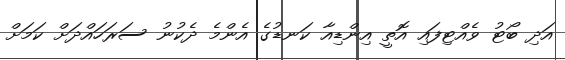
އަދި ބޯޓު ވެއްޓިފައި އޮތީ އިންޑިއާ ކަނޑުގެ އެންމެ ދެކުނު ސަރަހައްދަށް ކަމަށް